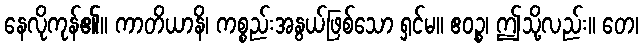
နေလိုကုန်၏။ ကာတိယာနိ၊ ကစ္စည်းအနွယ်ဖြစ်သော ရှင်မ။ ဧဝဉ္စ၊ ဤသို့လည်း။ တေ၊